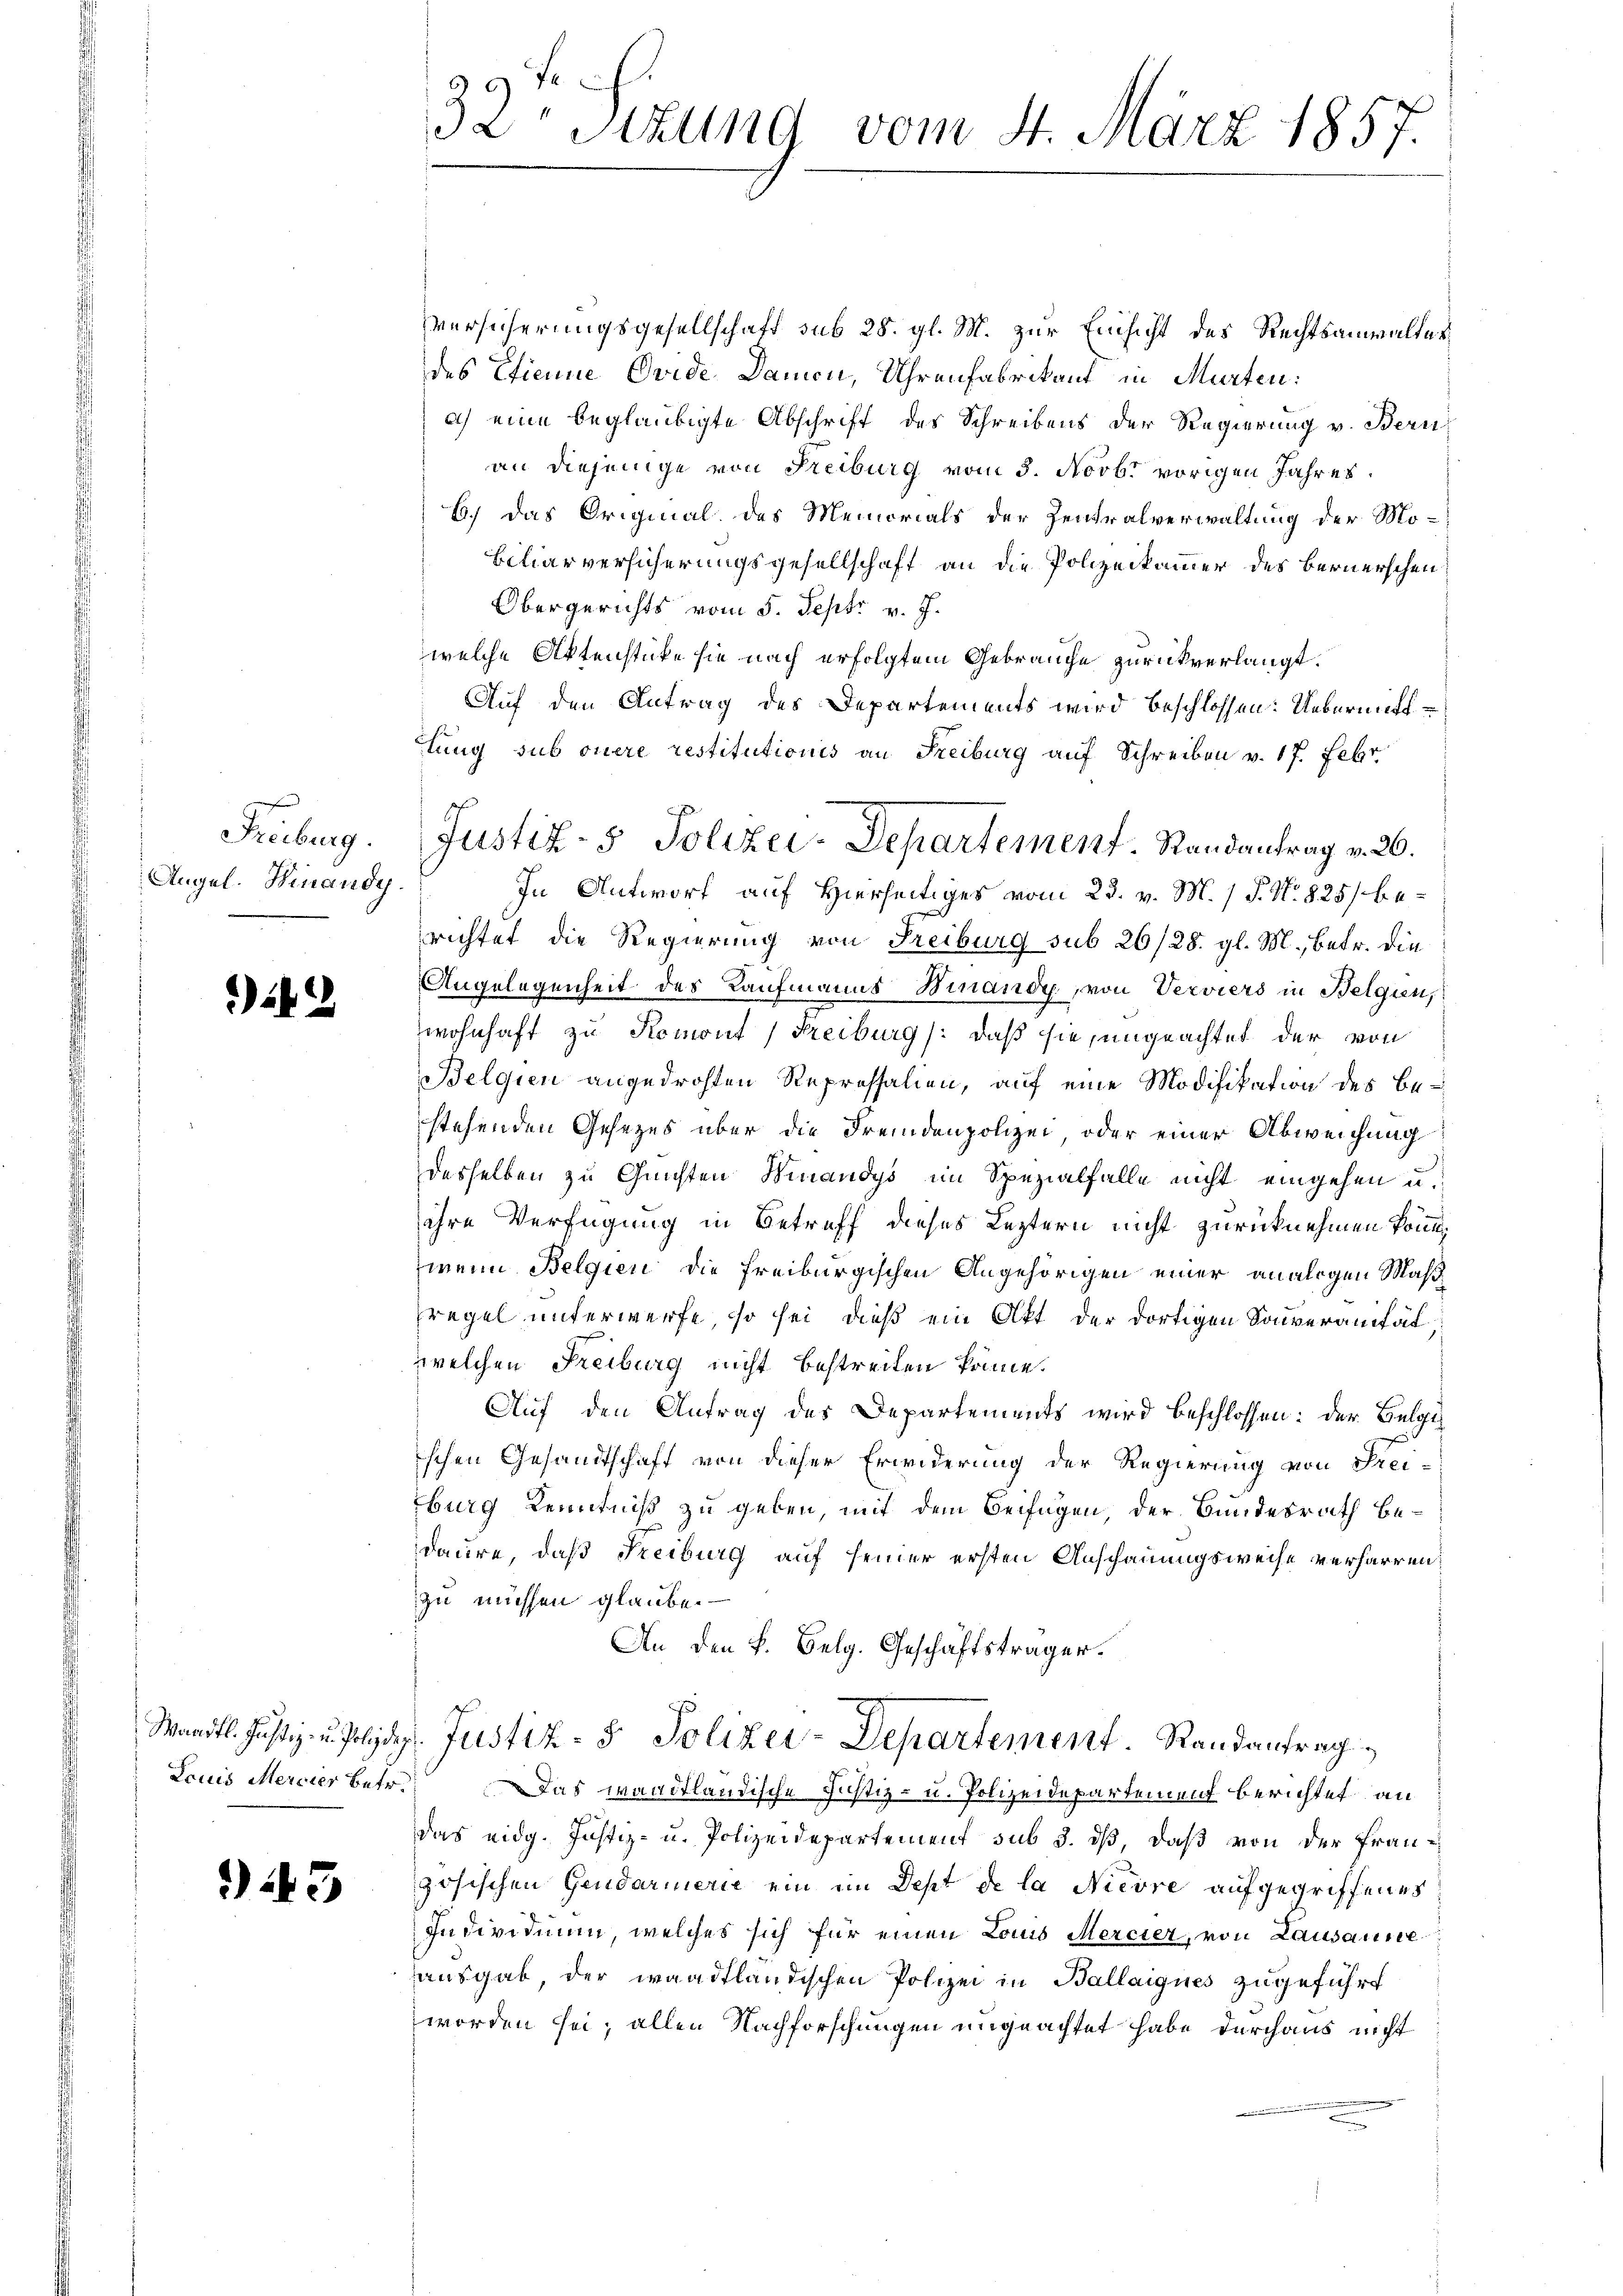
Angel. Hinaudy.

2

143

5 x
32 Sitzung vom 4. März 1857.

Versicherungsgesellschaft sub 28. gl. M. zur Einsicht des Rechtsanwalterdes Etienne Evide Damen, Uhrenfabrikant in Murten:
a) eine beglaubigte Abschrift des Schreibens der Regierung v. Bern
an diejenige von Freiburg vom 3. Novb. vorigen Jahres.
6.) Das Original des Memorials der Zentralverwaltung der Mo¬
Biliarversicherungsgesellschaft an die Polizeikammer des Bernerschen
Obergerichts vom 5. Sept. v. J.
welche Aktenstücke sie nach erfolgtem Gebrauche zurückverlangt.
Auf den Antrag des Departements wird beschlossen: Uebermitt
tung sub onere restitutionis an Freiburg auf Schreiben v. 17. Febr
In Antwort auf Hierseitiges vom 23. v. M. / P. N. 825 berichtet die Regierung von Freiburg sub 26/28. gl. M., betr. die
Angelegenheit des Kaufmanns Binandy, von Verviers in Belgien,
wohnhaft zu Romont) Freiburg /: daß sie, ungeachtet der von
Belgien angedrohten Repressalien, auf eine Modifikation des Bestehenden Gesezes über die Fremdenpolizei, oder einer Abweichung
desselben zu Guichten Binandys im Spezialfalle nicht eingehen u.
ihre Verfügung in Betreff dieses Leztern nicht zurücknehmen könn
wenn Belgien die Freiburgischen Angehörigen einer analigen Maßregel unterwerfe, so sei, dieß ein Akt der dortigen Souveranität,
welchen Freiburg nicht bestreiten könne.
Auf den Antrag des Departements wird beschlossen: der Belgi
schen Gesandtschaft von dieser Erwiderung der Regierung von Frei-
burg Kenntniß zu geben, mit dem Beifügen, der Bundesrath bedaure, daß Freiburg auf seiner ersten Anschauungsweise verharren:
zu müssen glaube.
An den k. Belg. Geschäftsträger.
Waadt. Justiz- u. Polidg. Justiz- & Polizei-Departement. Randantrag
Louis Mercier betr. Das waadtländische Justiz- u. Polizeidepartement berichtet an
das eidg. Justiz- u. Polizeidepartement sub 3. dß, daß von der Französischen Gendarmerie ein im Dept de la Nievre aufgegriffenes
Individium, welches sich für einen Louis Mercier, von Lausausseausgab, der waadtländischen Polizei in Ballaigues zugeführt
worden sei; allen Nachforschungen ungeachtet habe durchaus nicht

Freiburg. Justiz- & Polizei-Departement. Randantrag v. 26.